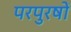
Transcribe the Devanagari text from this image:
परपुरषों